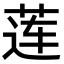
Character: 莲